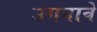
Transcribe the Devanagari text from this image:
उगवावे